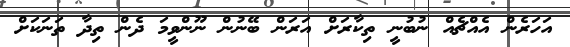
އަހަރެން އެއްޗެއް ނުބުނީ ތިކާރަށް އަރަން ބޭނުން ނޫންވީމަ ދެން ތިދާ ތަނަކަށް